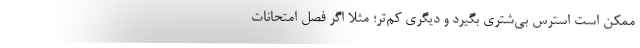
ممکن است استرس بی‌شتری بگیرد و دیگری کم‌تر؛ مثلا اگر فصل امتحانات